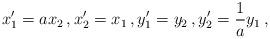
LaTeX: \begin{align*}x_1^\prime = a x_2 \, , x_2^\prime = x_1 \, , y_1^\prime = y_2 \, , y_2^\prime = \frac{1}{a} y_1 \, , \end{align*}